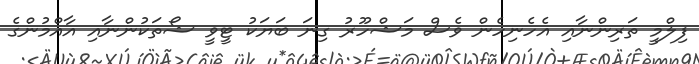
ފިލްމީ ތަރިންނާއި އެހެނިހެން ވެސް މަޝްހޫރު ގިނަ ބަޔަކު ޓީވީ ޝޯތަކުންނާއި އާއްމުންގެ